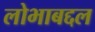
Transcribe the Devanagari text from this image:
लोभाबद्दल